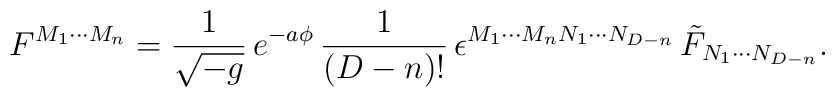
F^{M_1\cdots M_n} ={ 1\over \sqrt{ -g } } \, e^{ -a \phi} \, { 1\over (D-n)! } \,\epsilon^{M_1 \cdots M_n N_1 \cdots N_{D-n} } \, \tilde{F}_{N_1 \cdots N_{D-n} } .